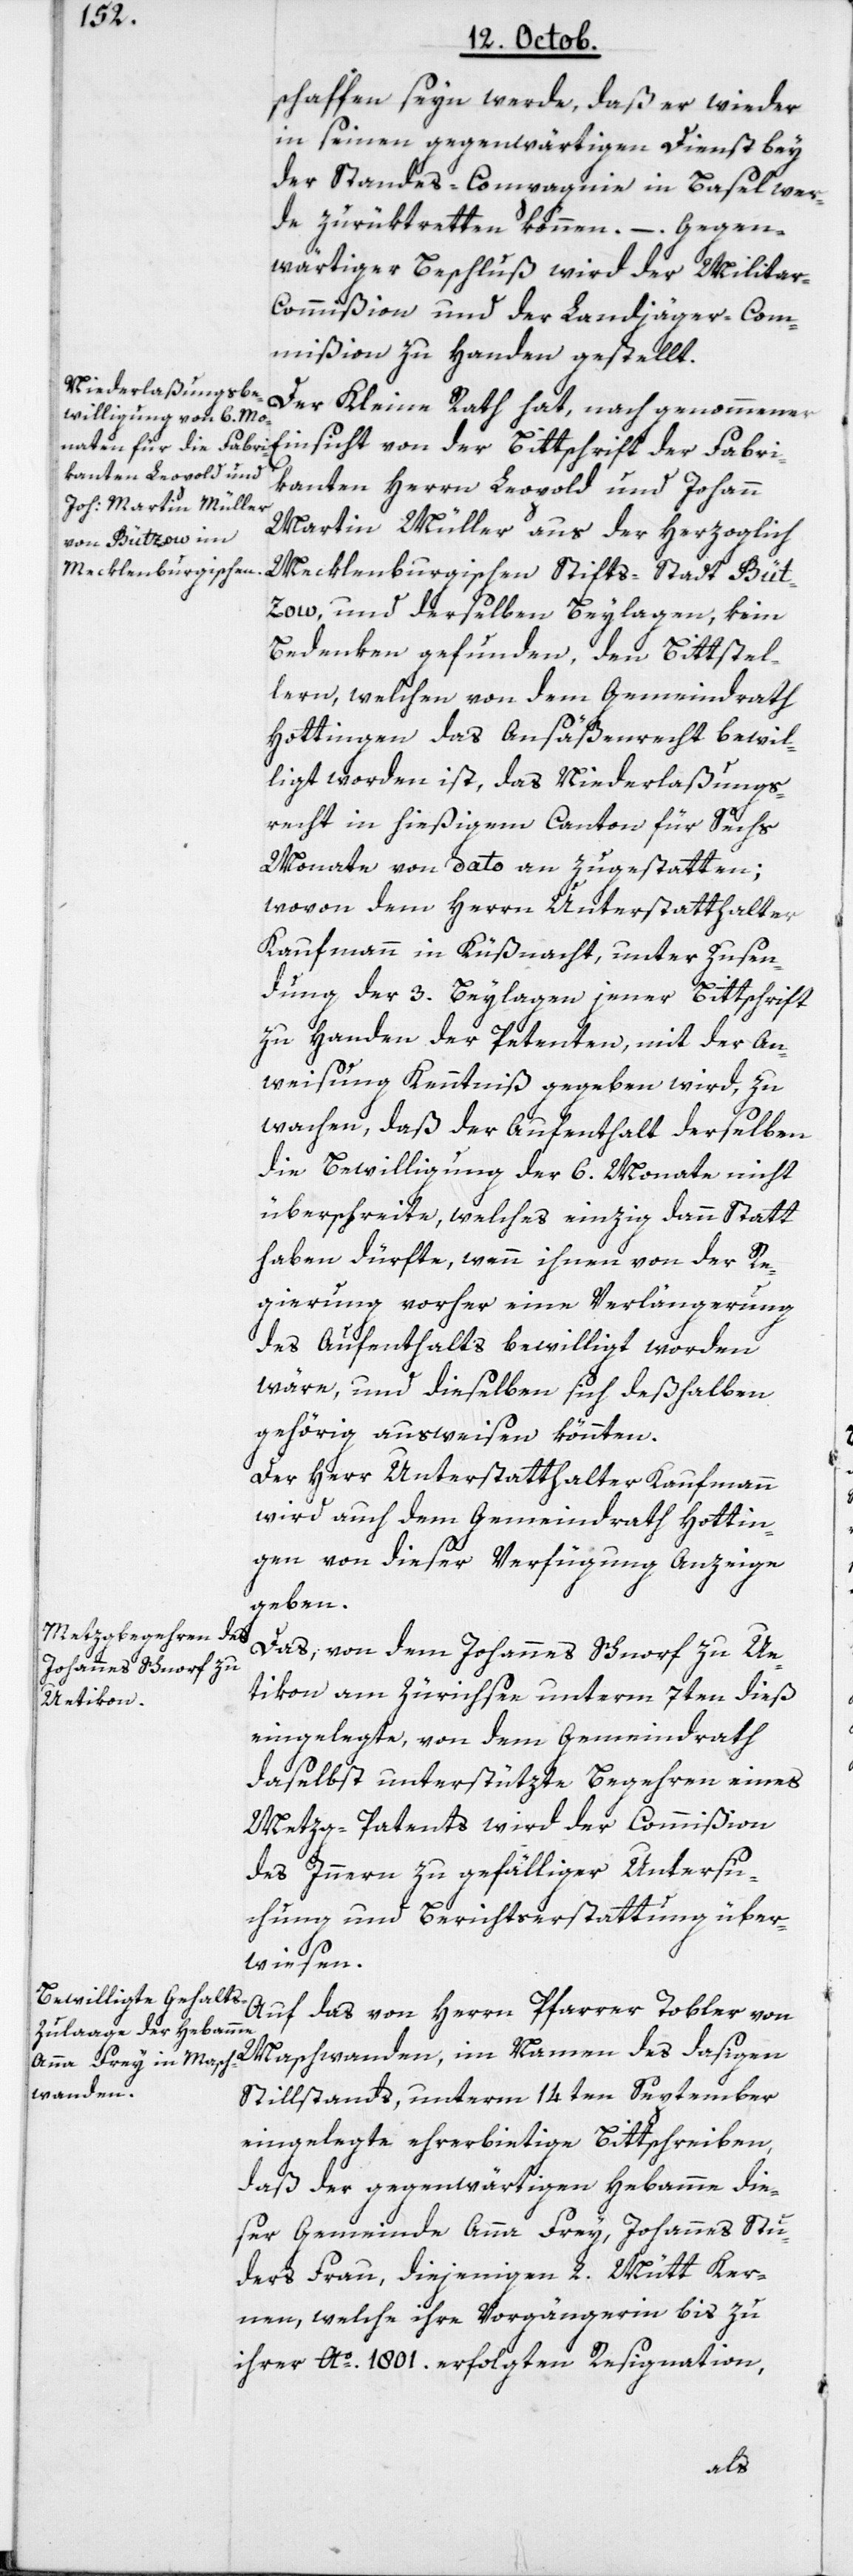
schaffen seyn werde, daß er wieder
in seinen gegenwärtigen Dienst bey
der Standes-Compagnie in Basel wer¬
de zurüktretten können. – Gegen¬
wärtiger Beschluß wird der Milita¬
r-Commißion und der Landjäger-Com¬
mißion zu Handen gestellt.
Der Kleine Rath hat, nach genommener
Einsicht von der Bittschrift der Fabri¬
kanten Herrn Leopold und Johann
Martin Müller aus der Herzoglich
Mecklenburgischen Stifts-Stadt Büt¬
zow, und derselben Beylagen, kein
Bedenken gefunden, den Bittstel¬
lern, welchen von dem Gemeindrath
Hottingen das Ansäßenrecht bewil¬
ligt worden ist, das Niederlaßungs¬
recht in hießigem Canton für Sechs
Monate von dato an zugestatten;
wovon dem Herrn Unterstatthalter
Kaufmann in Küßnacht, unter Zusen¬
dung der 3. Beylagen jener Bittschrift
zu Handen der Petenten, mit der An¬
weisung Kenntniß gegeben wird, zu
wachen, daß der Aufenthalt derselben
die Bewilligung der 6. Monate nicht
überschreite, welches einzig dann Statt
haben dürfte, wenn ihnen von der Re¬
gierung vorher eine Verlängerung
des Aufenthalts bewilligt worden
wäre, und dieselben sich deßhalben
gehörig ausweisen könnten.
Der Herr Unterstatthalter Kaufmann
wird auch dem Gemeindrath Hottin¬
gen von dieser Verfügung Anzeige
geben.
Das von dem Johannes Schnorf zu Ue¬
tikon am Zürichsee unterm 7ten dieß
eingelegte, von dem Gemeindrath
daselbst unterstützte Begehren eines
Metzg-Patents, wird der Commißion
des Innern zu gefälliger Untersu¬
chung und Berichtserstattung über¬
wiesen.
Auf das von Herrn Pfarrer Tobler von
Maschwanden, im Namen des dasigen
Stillstands unterm 14ten September
eingelegte ehrerbietige Bittschreiben,
daß der gegenwärtigen Hebamme die¬
ser Gemeinde Anna Frey, Johannes Stu¬
ders Frau, diejenigen 2. Mütt Ker¬
nen, welche ihre Vorgängerin bis zu
ihrer Ao. 1801. erfolgten Resignation,